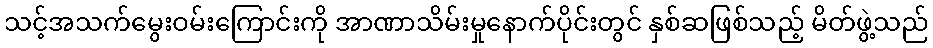
သင့်အသက်မွေးဝမ်းကြောင်းကို အာဏာသိမ်းမှုနောက်ပိုင်းတွင် နှစ်ဆဖြစ်သည့် မိတ်ဖွဲ့သည်